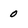
Character: 0